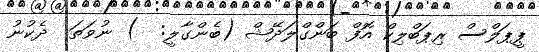
ޕީޕަލްސް ރިޕަބްލިކް އޮފް ބަންގްލަދޭޝް (ބެންގާލީ:  ) ނުވަތަ  ދެކުނު